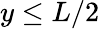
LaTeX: y\le L/2